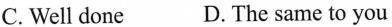
C. Well done D. The same to you